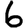
Digit: 6